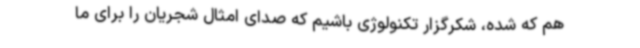
هم که شده، شکرگزار تکنولوژی باشیم که صدای امثال شجریان را برای ما